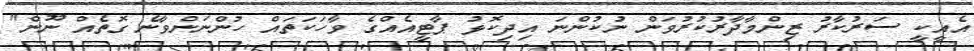
އެއީކީ ސަރުކާރު ޒިންމާދާރުކުރުވަން ނުކުންނަ އިދިކޮޅު ޕާޓީއެއްގެ ވާހަކަތައް ހުންނަންވާނެ ގޮތެއް ނޫން"